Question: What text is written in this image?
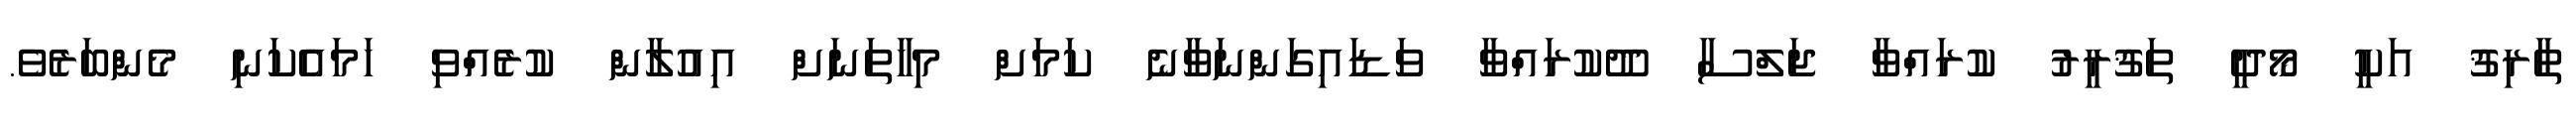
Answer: ޠާރިޤު އަކީ މޯދީ ތަޤުރީރު ކުރައްވާ ޖަލްސާ ދޫކުރައްވާ ވަޑައިގަންނަވާނެ ކަމަށް މިހާތަނަށް އިއުލާން ކުރެއްވި ހަމައެކަނި މެންބަރެވެ.